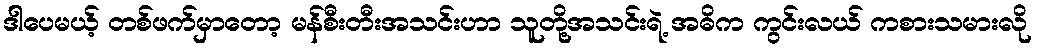
ဒါပေမယ့် တစ်ဖက်မှာတော့ မန်စီးတီးအသင်းဟာ သူတို့အသင်းရဲ့ အဓိက ကွင်းလယ် ကစားသမားလို